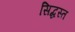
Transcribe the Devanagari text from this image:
सिद्धस्त